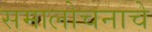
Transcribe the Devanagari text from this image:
समालोचनाचे